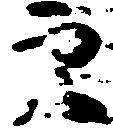
穴